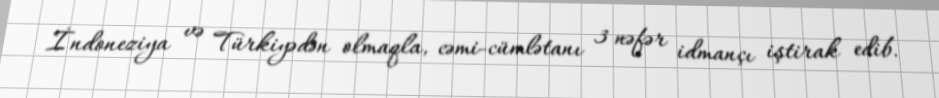
İndoneziya və Türkiyədən olmaqla, cəmi-cümlətanı 3 nəfər idmançı iştirak edib.